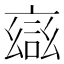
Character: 𮘎